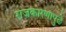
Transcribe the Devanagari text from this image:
राजकारणापुढे